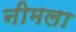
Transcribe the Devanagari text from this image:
नीमला